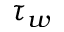
\tau _ { w }